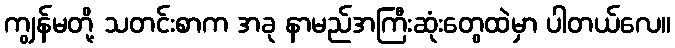
ကျွန်မတို့ သတင်းစာက အခု နာမည်အကြီးဆုံးတွေထဲမှာ ပါတယ်လေ။